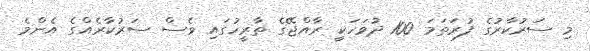
މި ސަރުކާރުގެ ފުރަތަމަ 100 ދުވަހަކީ ރާއްޖޭގެ ތާރީހުގައި ވެސް ސަރުކާރެއްގެ އެންމެ